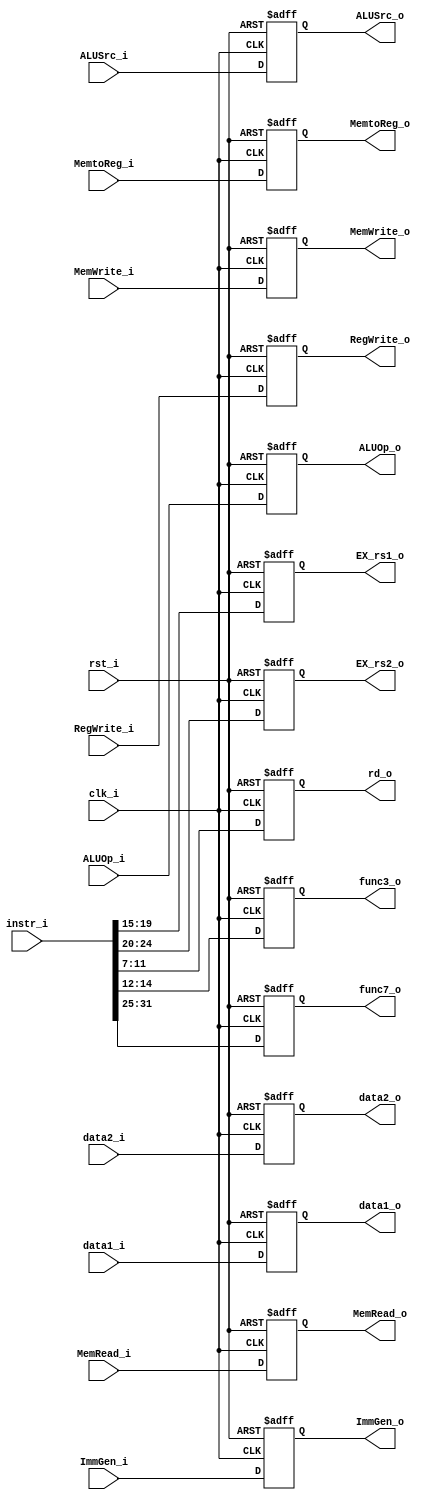
module ID_EX
(
    clk_i,
    rst_i,
    RegWrite_i,
    MemtoReg_i,
    MemRead_i,
    MemWrite_i,
    ALUOp_i,
    ALUSrc_i,
    ImmGen_i,
    instr_i,
    data1_i,
    data2_i,
    RegWrite_o,
    MemtoReg_o,
    MemRead_o,
    MemWrite_o,
    ALUOp_o,
    ALUSrc_o,
    data1_o,
    data2_o,
    ImmGen_o,
    EX_rs1_o,
    EX_rs2_o,
    rd_o,
    func3_o,
    func7_o
);

input clk_i, rst_i, RegWrite_i, MemtoReg_i, MemRead_i, MemWrite_i, ALUSrc_i;
input [1:0] ALUOp_i;
input [31:0] ImmGen_i, instr_i, data1_i, data2_i;
output reg RegWrite_o, MemtoReg_o, MemRead_o, MemWrite_o, ALUSrc_o;
output reg [1:0] ALUOp_o;
output reg [31:0] data1_o, data2_o, ImmGen_o;
output reg [4:0] EX_rs1_o, EX_rs2_o, rd_o;
output reg [2:0] func3_o;
output reg [6:0] func7_o;

always @(posedge clk_i or negedge rst_i) begin
    if (~rst_i) begin
        RegWrite_o <= 1'b0;
        MemtoReg_o <= 1'b0;
        MemRead_o <= 1'b0;
        MemWrite_o <= 1'b0;
        ALUSrc_o <= 1'b0;
        ALUOp_o <= 2'b11;
        data1_o <= 32'b0;
        data2_o <= 32'b0;
        ImmGen_o <= 32'b0;
        EX_rs1_o <= 5'b0;
        EX_rs2_o <= 5'b0;
        rd_o <= 5'b0;
        func3_o <= 3'b0;
        func7_o <= 7'b0;
    end
    else begin
        RegWrite_o <= RegWrite_i;
        MemtoReg_o <= MemtoReg_i;
        MemRead_o <= MemRead_i;
        MemWrite_o <= MemWrite_i;
        ALUOp_o <= ALUOp_i;
        ALUSrc_o <= ALUSrc_i;
        data1_o <= data1_i;
        data2_o <= data2_i;
        ImmGen_o <= ImmGen_i;
        func3_o <= instr_i[14:12];
        func7_o <= instr_i[31:25];
        EX_rs1_o <= instr_i[19:15];
        EX_rs2_o <= instr_i[24:20];
        rd_o <= instr_i[11:7];
    end
end

endmodule